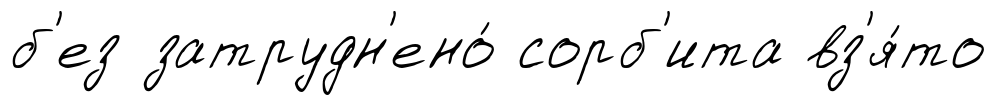
б'ез затрудн'ено́ сорб'ита вз'я́то